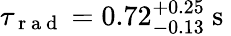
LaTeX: \tau_{\mathrm{~r~a~d~}}=0.72_{-0.13}^{+0.25}\mathrm{~s~}